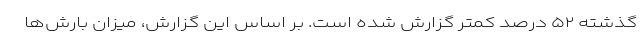
گذشته ۵۲ درصد کمتر گزارش شده است. بر اساس این گزارش، میزان بارش‌ها